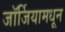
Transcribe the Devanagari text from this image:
जॉर्जियामधून